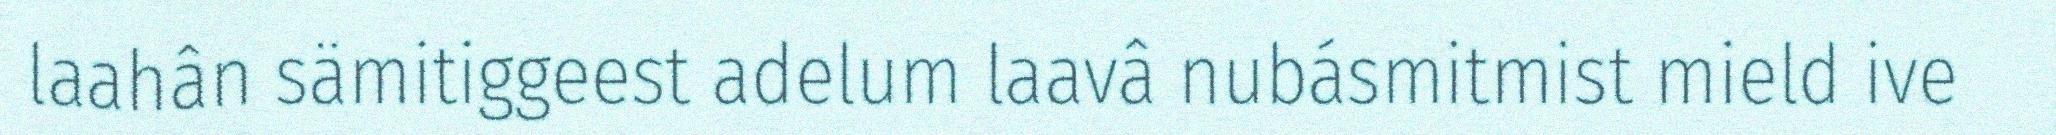
laahân sämitiggeest adelum laavâ nubásmitmist mield ive